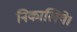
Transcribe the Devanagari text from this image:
निकालिये।